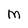
Character: M